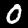
Label: 0